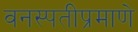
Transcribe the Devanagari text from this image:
वनस्पतीप्रमाणे